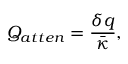
Q _ { a t t e n } = \frac { \delta q } { \bar { \kappa } } ,